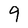
Character: 9